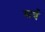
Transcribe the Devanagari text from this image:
सर्व